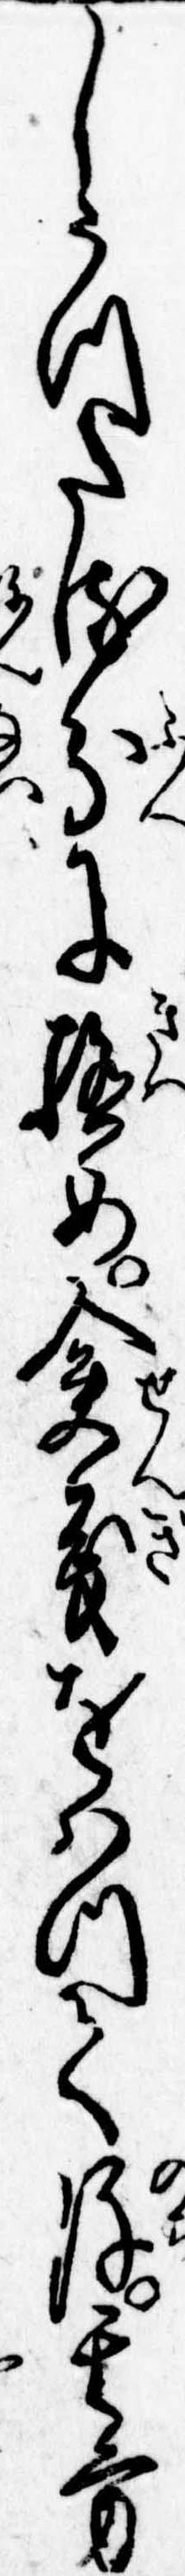
しうつたる分に極め僉義をはつて後其方